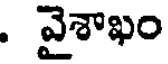
. వైశాఖం